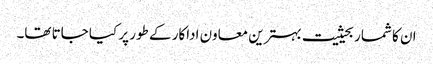
ان کا شمار بحیثیت بہترین معاون اداکار کے طور پر کیا جاتا تھا۔